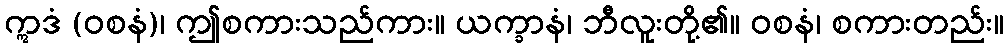
ဣဒံ (ဝစနံ)၊ ဤစကားသည်ကား။ ယက္ခာနံ၊ ဘီလူးတို့၏။ ဝစနံ၊ စကားတည်း။